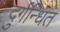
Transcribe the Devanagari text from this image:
दुर्गन्धित